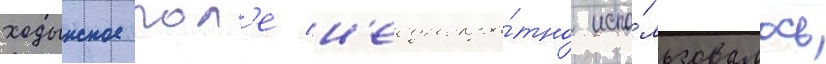
ходынское пол'е н'еоднокра́тно испо́льзовалось